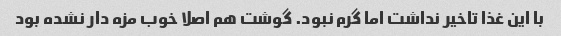
با این غذا تاخیر نداشت اما گرم نبود. گوشت هم اصلا خوب مزه دار نشده بود